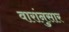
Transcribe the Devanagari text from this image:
वारांनुसार